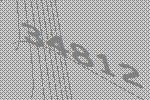
34812